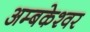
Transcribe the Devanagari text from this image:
अम्बकेश्वर